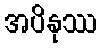
အပိနုဿ